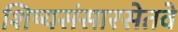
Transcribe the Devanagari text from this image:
शिष्यसंसारसेतवे